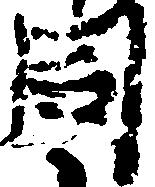
同